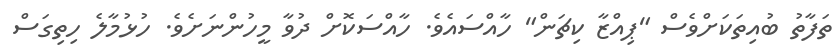
ތަފާތު ބުއިތަކަށްވެސް "ޕިއްޒާ ކިޗަން" ހާއްސައެވެ. ހާއްސަކޮށް ދުވާ މީހުންނަށެވެ. ހުޅުމާލެ ހިތިގަސް